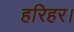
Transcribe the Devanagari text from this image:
हरिहर।